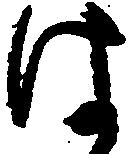
は